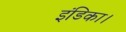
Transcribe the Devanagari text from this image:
इंडिका।